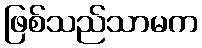
ဖြစ်သည်သာမက